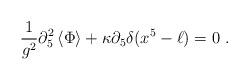
LaTeX: \begin{align*}{1\over g^2}\partial_5^2 \left\langle{\Phi} \right\rangle + \kappa \partial_5 \delta(x^5 - \ell) = 0 \ .\end{align*}